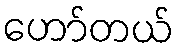
ဟော်တယ်